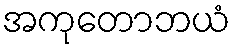
အကုတောဘယံ